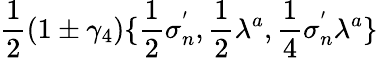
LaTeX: \frac{1}{2}(1\pm\gamma_{4})\{ \frac{1}{2}\sigma_{n}^{'},\frac{1}{2}\lambda^{a},\frac{1}{4}\sigma_{n}^{'}\lambda^{a}\}